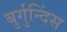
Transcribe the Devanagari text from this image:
बुर्गुन्दिंस